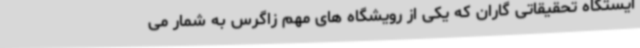
ایستگاه تحقیقاتی گاران که یکی از رویشگاه های مهم زاگرس به شمار می